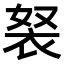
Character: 𧘽